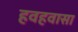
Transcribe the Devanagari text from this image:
हवहवासा